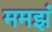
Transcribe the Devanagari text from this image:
ममझं